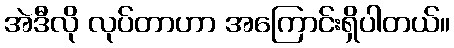
အဲဒီလို လုပ်တာဟာ အကြောင်းရှိပါတယ်။